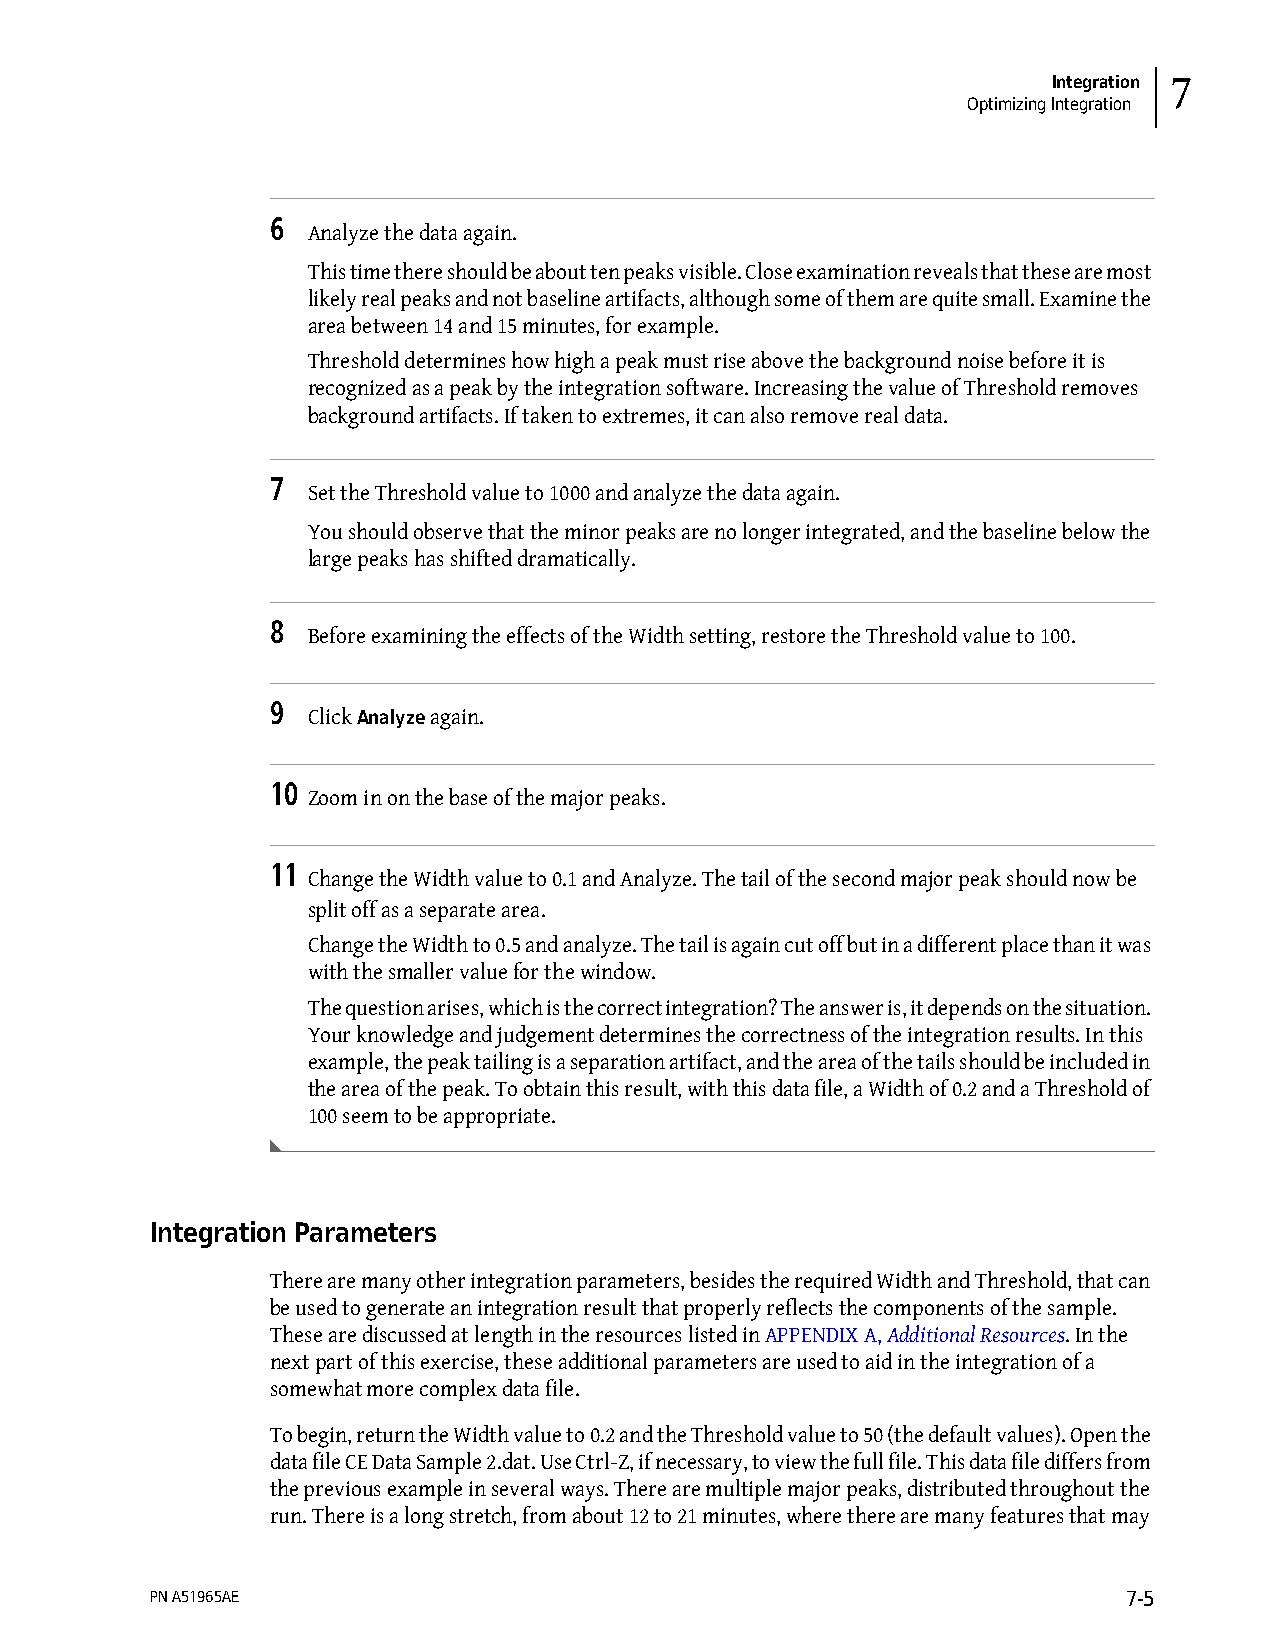
Integration 7
 Optimizing Integration
 6
 Analyze the data again.
 This time there should be about ten peaks visible. Close examination reveals that these are most
 likely real peaks and not baseline artifacts, although some of them are quite small. Examine the
 area between 14 and 15 minutes, for example.
 Threshold determines how high a peak must rise above the background noise before it is
 recognized as a peak by the integration software. Increasing the value of Threshold removes
 background artifacts. If taken to extremes, it can also remove real data.
 7
 Set the Threshold value to 1000 and analyze the data again.
 You should observe that the minor peaks are no longer integrated, and the baseline below the
 large peaks has shifted dramatically.
 8
 Before examining the effects of the Width setting, restore the Threshold value to 100.
 9
 Click Analyze again.
 10
 Zoom in on the base of the major peaks.
 11
 Change the Width value to 0.1 and Analyze. The tail of the second major peak should now be
 split off as a separate area.
 Change the Width to 0.5 and analyze. The tail is again cut off but in a different place than it was
 with the smaller value for the window.
 The question arises, which is the correct integration? The answer is, it depends on the situation.
 Your knowledge and judgement determines the correctness of the integration results. In this
 example, the peak tailing is a separation artifact, and the area of the tails should be included in
 the area of the peak. To obtain this result, with this data file, a Width of 0.2 and a Threshold of
 100 seem to be appropriate.
 Integration Parameters
 There are many other integration parameters, besides the required Width and Threshold, that can
 be used to generate an integration result that properly reflects the components of the sample.
 These are discussed at length in the resources listed in APPENDIX A, Additional Resources. In the
 next part of this exercise, these additional parameters are used to aid in the integration of a
 somewhat more complex data file.
 To begin, return the Width value to 0.2 and the Threshold value to 50 (the default values). Open the
 data file CE Data Sample 2.dat. Use Ctrl-Z, if necessary, to view the full file. This data file differs from
 the previous example in several ways. There are multiple major peaks, distributed throughout the
 run. There is a long stretch, from about 12 to 21 minutes, where there are many features that may
 PN A51965AE                                                      7-5